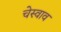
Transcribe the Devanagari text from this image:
चेस्वाव